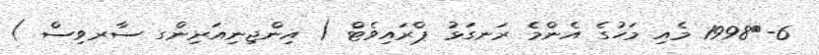
6-	1998 މެއި މަހުގެ އެންމެ ރަނގަޅު ޕްރައިވެޓް ( އިންޖިނިއަރިންގ ސާރވިސް )